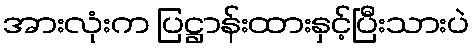
အားလုံးက ပြဋ္ဌာန်းထားနှင့်ပြီးသားပဲ